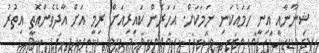
ޝިނާނާއި އިނީ ހަމައެކަނި ނަމަކަށް. އަހަރެން ކައިރިއަށް ރިމީ އަށް އާދެވެންއޮތީ އިތުރު